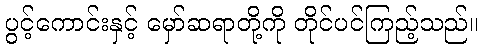
ပွင့်ကောင်းနှင့် မှော်ဆရာတို့ကို တိုင်ပင်ကြည့်သည်။